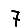
Digit: 7